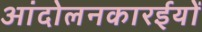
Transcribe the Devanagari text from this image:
आंदोलनकारईयों